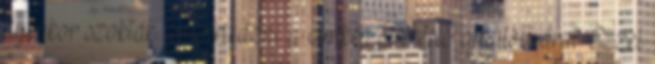
ilyenkor szokták lematricázni a címkén szereplő ajánlott árat. Ezzel